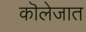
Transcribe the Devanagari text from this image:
कॊलेजात